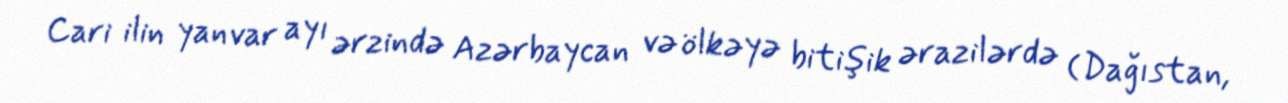
Cari ilin yanvar ayı ərzində Azərbaycan və ölkəyə bitişik ərazilərdə (Dağıstan,